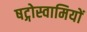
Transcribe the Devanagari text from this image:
षट्गोस्वामियों